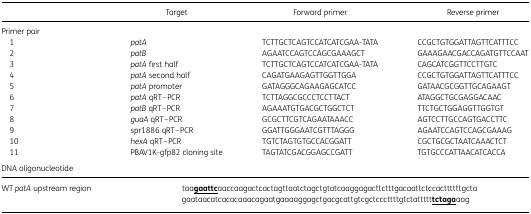
|  | Target | Forward primer | Reverse primer |
 | --- | --- | --- | --- |
 | <COLSPAN=4> Primer pair |
 | 1 | patA | TCTTGCTCAGTCCATCATCGAA-TATA | CCGCTGTGGATTAGTTCATTTCC |
 | 2 | patB | AGAATCCAGTCCAGCGAAAGCT | GAAAGAACGACCAGATGTTCCAAT |
 | 3 | patA first half | TCTTGCTCAGTCCATCATCGAA-TATA | CAGCATCGGTTCCTTGTC |
 | 4 | patA second half | CAGATGAAGAGTTGGTTGGA | CCGCTGTGGATTAGTTCATTTCC |
 | 5 | patA promoter | GATAGGGCAGAAGAGCATCC | GATAACGCGGTTGCAGAAGT |
 | 6 | patA qRT–PCR | TCTTAGGCGCCCTCCTTACT | ATAGGCTGCGAGGACAAC |
 | 7 | patB qRT–PCR | AGAAATGTGACGCTGGCTCT | TTCTGCTGGAGGTTGGTGT |
 | 8 | guaA qRT–PCR | GCGCTTCGTCAGAATAAACC | AGTCCTTGCCAGTGACCTTC |
 | 9 | spr1886 qRT–PCR | GGATTGGGAATCGTTTAGGG | AGAATCCAGTCCAGCGAAAG |
 | 10 | hexA qRT–PCR | TGTCTAGTGTGCCACGGATT | CGCTGCGCTAATCAAACTCT |
 | 11 | PBAV1K-gfp82 cloning site | TAGTATCGACGGAGCCGATT | TGTGCCCATTAACATCACCA |
 | <COLSPAN=4> DNA oligonucleotide |
 | WT patA upstream region | <COLSPAN=3> taa<underline>gaattc</underline>aaccaagactcactagttaatctagctgtatcaaggagacttctttgacaattctccacttttttgctagaataacatcacacaaacagaatgaaaaggagctgacgcattgtcgctcccttttgtctattttt<underline>tctaga</underline>aag |